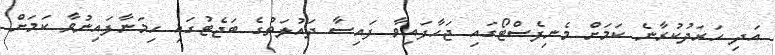
އަދި ހަރަދުކުރާނެ ކަމަށް މެނިފެސްޓޯގައި ޖަހާފައިވާ ފައިސާ ދައުލަތުގެ ބަޖެޓުގައި ހިމަނާފައިނުވާ ކަމަށް